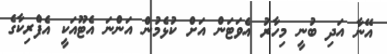
އޭނާ އަދި ބުނީ މިހާރު އެވަޓަން އަށް ކުޅެމުން އަންނަ އެޓޫއަކީ އެފްރިކާގެ